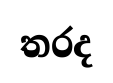
තරද